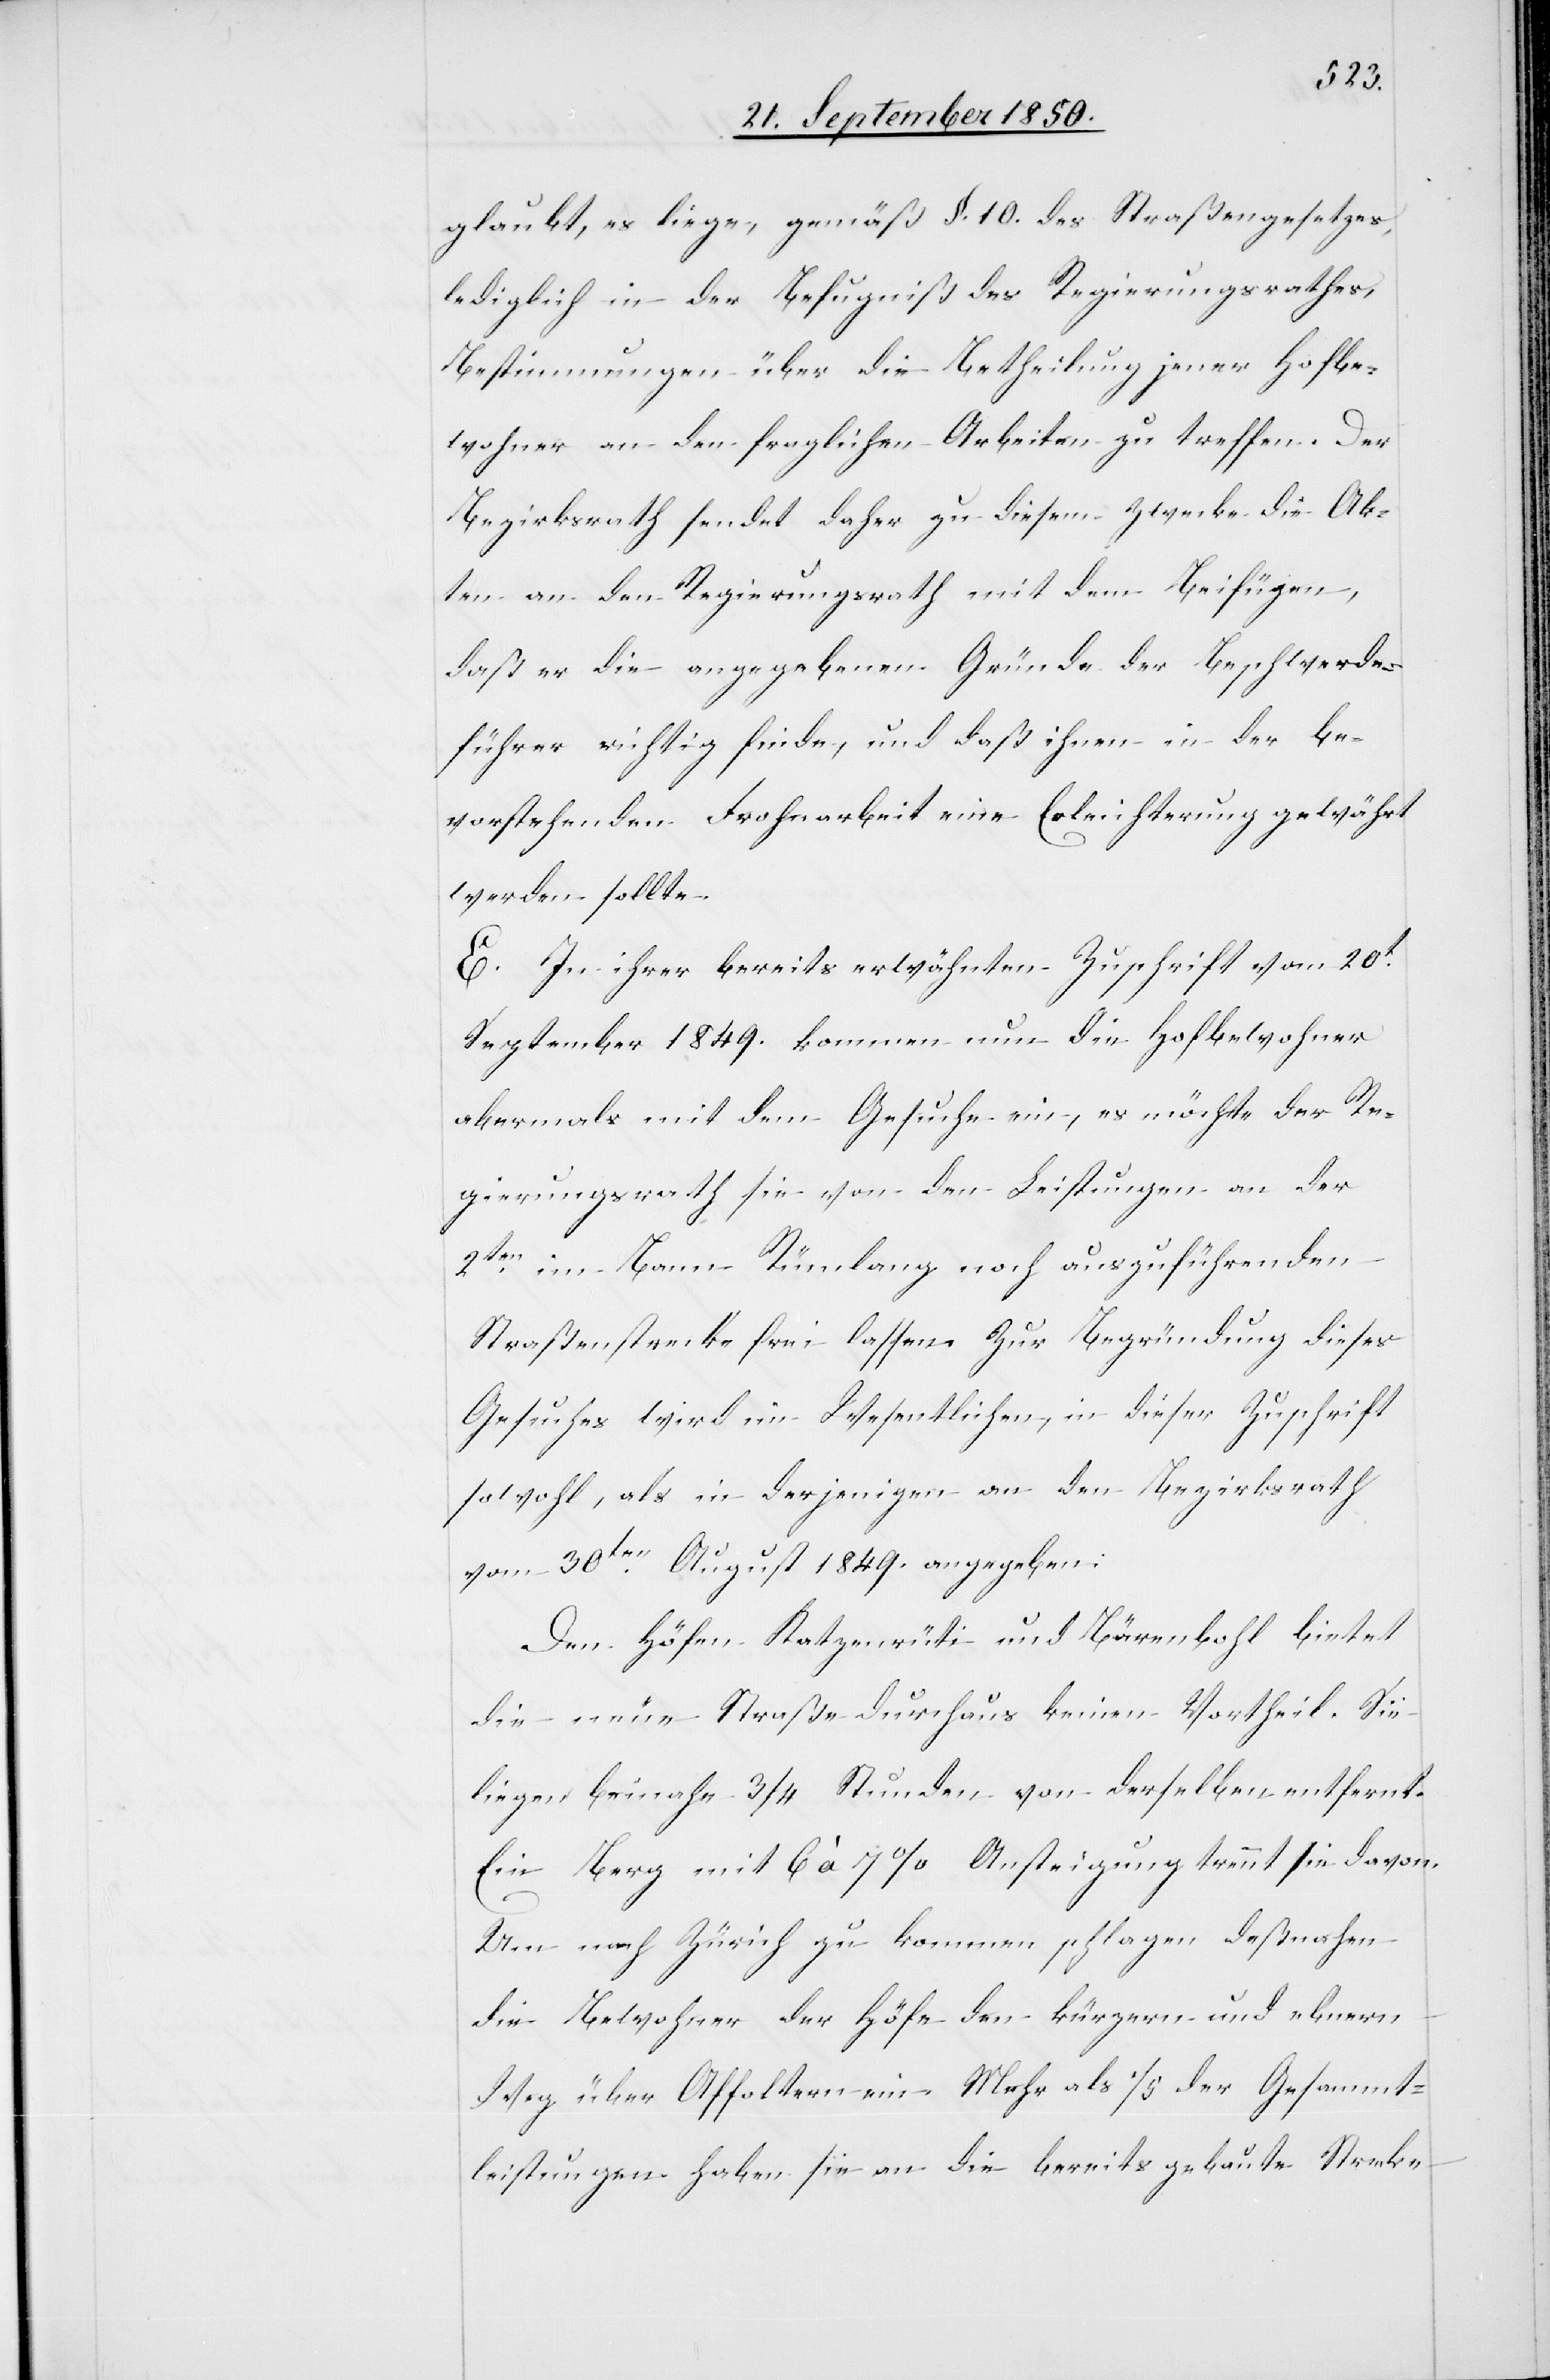
glaubt, es liege, gemäß §. 10. des Straßengesetzes,
lediglich in der Befugniß des Regierungsrathes,
Bestimmungen über die Betheilung jener Dorfbe¬
wohner an den fraglichen Arbeiten zu treffen. Der
Bezirksrath sendet daher zu diesem Zwecke die Ak¬
ten an den Regierungsrath mit dem Beifügen,
daß er die angegebenen Gründe der Beschwerde¬
führer richtig finde, und daß ihnen in der be¬
vorstehenden Frohnarbeit eine Erleichterung gewährt
werden sollte.
E. In ihrer bereits erwähnten Zuschrift vom 20t
September 1849. kommen nun die Hofbewohner
abermals mit dem Gesuche ein, es möchte der Re¬
gierungsrath sie von den Leistungen an der
2ten im Bann Rümlang noch auszuführenden
Straßenstrecke frei lassen. Zur Begründung dieses
Gesuches wird im Wesentlichen, in dieser Zuschrift
sowohl, als in derjenigen an den Bezirksrath
vom 30ten August 1849. angegeben:
Den Höfen Katzenrüti und Bärenbohl bietet
die neue Straße durchaus keinen Vortheil. Sie
liegen beinahe 3/4 Stunden von derselben entfernt.
Ein Berg mit 6 à 7 % Ansteigung trennt sie davon.
Um nach Zürich zu kommen schlagen deßnahen
die Bewohner der Höfe den kürzern und ebnern
Weg über Affoltern ein. Mehr als 1/5 der Gesammt¬
leistungen haben sie an die bereits gebaute Strecke